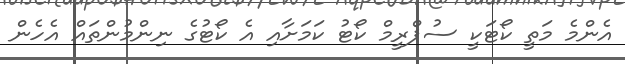
އެންމެ މަތީ ކޯޓަކީ ސުޕްރީމް ކޯޓު ކަމަށާއި އެ ކޯޓުގެ ނިންމުންތައް އެހެން